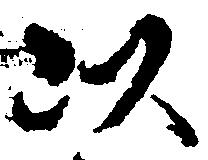
以